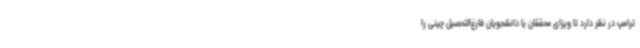
ترامپ در نظر دارد تا ویزای محققان یا دانشجویان فارغ‌التحصیل چینی را